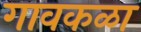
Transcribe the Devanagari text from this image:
गावकळा